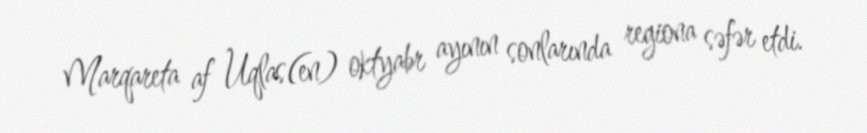
Marqareta af Uqlas(en) oktyabr ayının sonlarında regiona səfər etdi.